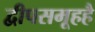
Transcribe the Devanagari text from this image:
द्वीपसमूहहै